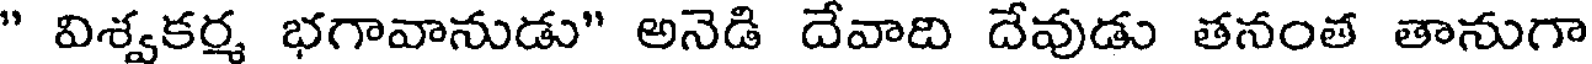
" విశ్వకర్మ భగావానుడు" అనెడి దేవాది దేవుడు తనంత తానుగా